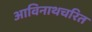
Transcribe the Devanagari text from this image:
आविनाथचरित